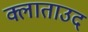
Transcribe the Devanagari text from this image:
क्लाताउद